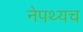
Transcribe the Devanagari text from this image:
नेपथ्यच